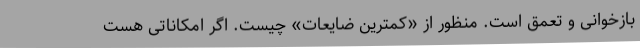
بازخوانی و تعمق است. منظور از «کمترین ضایعات» چیست. اگر امکاناتی هست